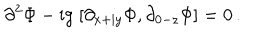
\partial ^ { 2 } \Phi - \mathrm { i } g \; [ \partial _ { x + \mathrm { i } y } \Phi , \partial _ { 0 - z } \Phi ] = 0 \, .